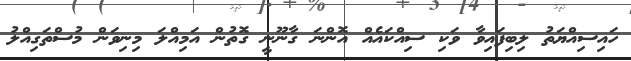
ހައިސިއްޔަތު ލިބިފައިވާ ވަކި ސިއްކައެއް އޮންނަ ގާނޫނީ ގޮތުން އަމިއްލަ މިނިވަން މުސްތަގިއްލު